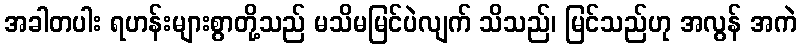
အခါတပါး ရဟန်းများစွာတို့သည် မသိမမြင်ပဲလျက် သိသည်၊ မြင်သည်ဟု အလွန် အကဲ